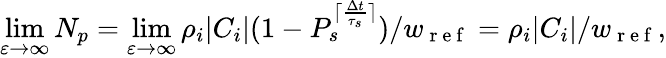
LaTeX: \operatorname*{lim}_{\varepsilon\to\infty}N_{p}=\operatorname*{lim}_{\varepsilon\to\infty}\rho_{i}|C_{i}|(1-P_{s}^{\lceil\frac{\Delta t}{\tau_{s}}\rceil})/w_{\mathrm{~r~e~f~}}=\rho_{i}|C_{i}|/w_{\mathrm{~r~e~f~}},